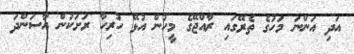
އަދި އަންނަ މަހުގެ ތެރޭގައި ރާއްޖޭގެ މީހުން އުޅޭ ހުރިހާ ރަށަކުން އާސަންދަ